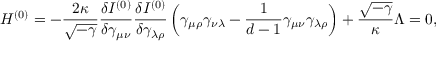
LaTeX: { \cal H } ^ { ( 0 ) } = - \frac { 2 \kappa } { \sqrt { - \gamma } } \frac { \delta I ^ { ( 0 ) } } { \delta \gamma _ { \mu \nu } } \frac { \delta I ^ { ( 0 ) } } { \delta \gamma _ { \lambda \rho } } \left( \gamma _ { \mu \rho } \gamma _ { \nu \lambda } - \frac { 1 } { d - 1 } \gamma _ { \mu \nu } \gamma _ { \lambda \rho } \right) + \frac { \sqrt { - \gamma } } { \kappa } \Lambda = 0 ,